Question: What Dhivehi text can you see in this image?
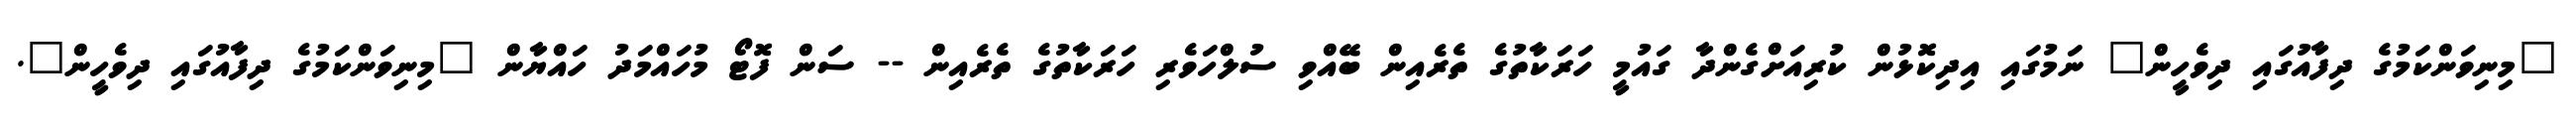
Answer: "މިނިވަންކަމުގެ ދިފާއުގައި ދިވެހީން" ނަމުގައި އިދިކޮޅުން ކުރިއަށްގެންދާ ގައުމީ ހަރަކާތުގެ ތެރެއިން ބޭއްވި ސުލްހަވެރި ހަރަކާތުގެ ތެރެއިން -- ސަން ފޮޓޯ މުހައްމަދު ހައްޔާން "މިނިވަންކަމުގެ ދިފާއުގައި ދިވެހީން".